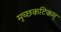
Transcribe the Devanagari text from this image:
मृच्छकटिकम्‌